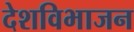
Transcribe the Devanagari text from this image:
देशविभाजन